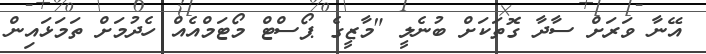
އޭނާ ވަރަށް ސާދާ ގޮތަކަށް ބުނެލީ "މާޒީގެ ޕޯސްޓް މޯޓަމްއެއް ހެދުމަށް ތަމަޅައިން